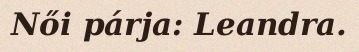
Női párja: Leandra.